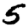
Digit: 5